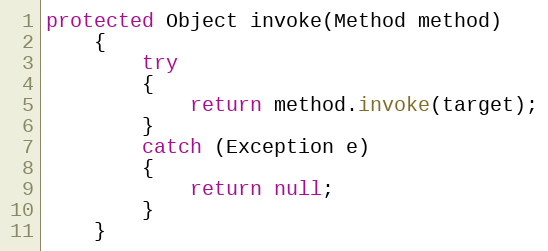
Language: Java
protected Object invoke(Method method)
    {
        try
        {
            return method.invoke(target);
        }
        catch (Exception e)
        {
            return null;
        }
    }